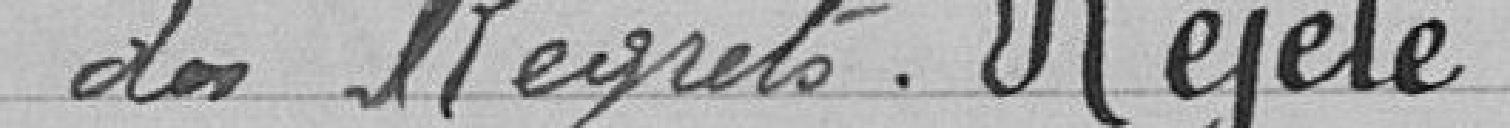
des Regrets. Rejeté.